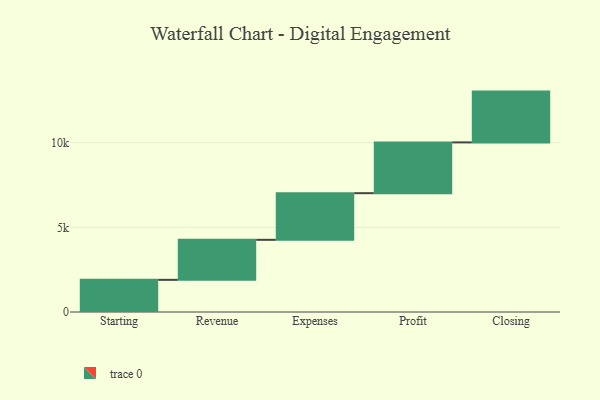
{"axis": {"x": "Step", "y": "Value"}, "legend": [""], "data": [{"x": "Starting", "y": 1899.0, "type": ""}, {"x": "Revenue", "y": 2364.0, "type": ""}, {"x": "Expenses", "y": 2756.0, "type": ""}, {"x": "Profit", "y": 3000, "type": ""}, {"x": "Closing", "y": 3000, "type": ""}]}